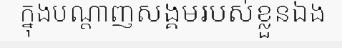
ក្នុងបណ្តាញសង្គមរបស់ខ្លួនឯង